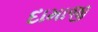
દામાજી